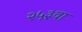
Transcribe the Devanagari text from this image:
२५३वा